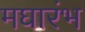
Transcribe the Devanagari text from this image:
मघारंभ